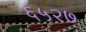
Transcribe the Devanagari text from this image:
६५२७